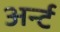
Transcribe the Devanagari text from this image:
अर्न्ट